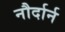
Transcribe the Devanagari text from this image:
नौर्दार्न